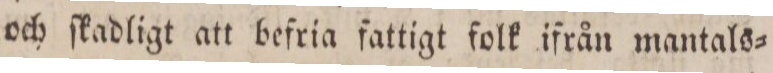
och ſkadligt att befria fattigt folk ifrån mantals=